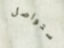
ستواصل